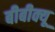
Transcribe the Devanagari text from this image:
बीबीक्यू